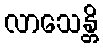
လာသေန္တိ